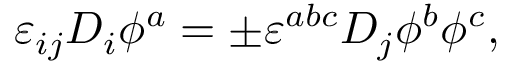
\varepsilon _ { i j } D _ { i } \phi ^ { a } = \pm \varepsilon ^ { a b c } D _ { j } \phi ^ { b } \phi ^ { c } ,